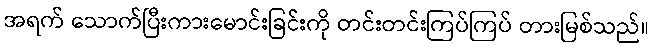
အရက် သောက်ပြီးကားမောင်းခြင်းကို တင်းတင်းကြပ်ကြပ် တားမြစ်သည်။